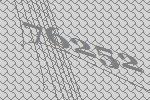
76252